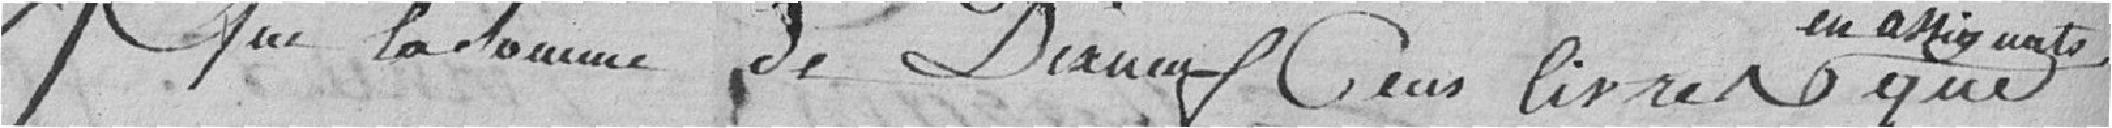
que la somme de dix neuf cent livres en assignant que